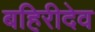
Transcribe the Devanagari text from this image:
बहिरीदेव